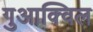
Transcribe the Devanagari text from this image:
गुआक्विल